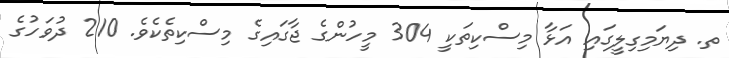
ތ. ދިޔަމިގިލީގައި އަޅާ މިސްކިތަކީ 304 މީހުންގެ ޖާގައިގެ މިސްކިތެކެވެ. 210 ދުވަަހުގެ